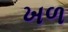
ખળ